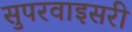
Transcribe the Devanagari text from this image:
सुपरवाइसरी